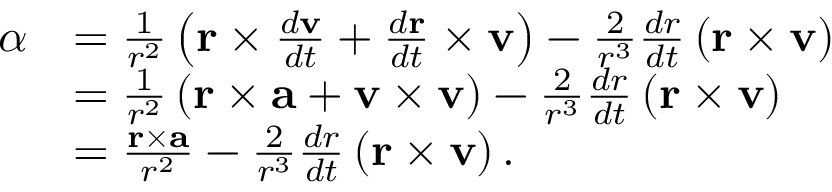
{ \begin{array} { r l } { { \boldsymbol { \alpha } } } & { = { \frac { 1 } { r ^ { 2 } } } \left( \mathbf { r } \times { \frac { d \mathbf { v } } { d t } } + { \frac { d \mathbf { r } } { d t } } \times \mathbf { v } \right) - { \frac { 2 } { r ^ { 3 } } } { \frac { d r } { d t } } \left( \mathbf { r } \times \mathbf { v } \right) } \\ & { = { \frac { 1 } { r ^ { 2 } } } \left( \mathbf { r } \times \mathbf { a } + \mathbf { v } \times \mathbf { v } \right) - { \frac { 2 } { r ^ { 3 } } } { \frac { d r } { d t } } \left( \mathbf { r } \times \mathbf { v } \right) } \\ & { = { \frac { \mathbf { r } \times \mathbf { a } } { r ^ { 2 } } } - { \frac { 2 } { r ^ { 3 } } } { \frac { d r } { d t } } \left( \mathbf { r } \times \mathbf { v } \right) . } \end{array} }